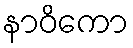
နာဝိကော